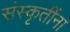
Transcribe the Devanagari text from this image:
संस्कृतींना